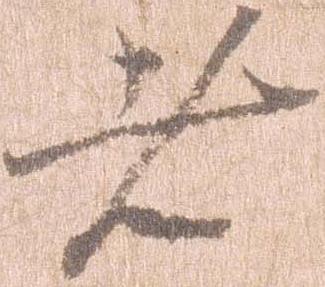
者